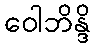
ဝေါဘိန္ဒိ